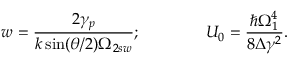
w = \frac { 2 \gamma _ { p } } { k \sin ( \theta / 2 ) \Omega _ { 2 s w } } ; \quad \quad \quad \quad U _ { 0 } = \frac { \hbar \Omega _ { 1 } ^ { 4 } } { 8 \Delta \gamma ^ { 2 } } . \quad \quad \quad